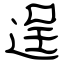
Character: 逞